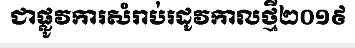
ជាផ្លូវការសំរាប់រដូវកាលថ្មី២០១៩